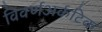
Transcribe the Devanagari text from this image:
विवर्णअर्कटिक